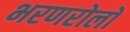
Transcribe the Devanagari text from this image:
भरणरोलों